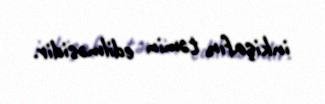
inkişafın təmin edilməsidir.